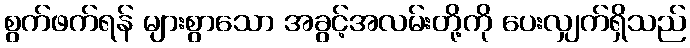
စွက်ဖက်ရန် များစွာသော အခွင့်အလမ်းတို့ကို ပေးလျှက်ရှိသည်